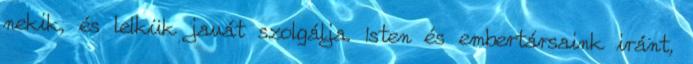
nekik, és lelkük javát szolgálja. Isten és embertársaink iránt,